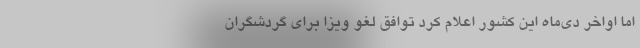
اما اواخر دی‌ماه این کشور اعلام کرد توافقِ لغو ویزا برای گردشگران